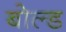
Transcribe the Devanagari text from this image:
बोल्‍ड